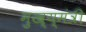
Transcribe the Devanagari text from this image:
मुख्य्मंत्री